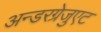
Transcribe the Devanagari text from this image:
अन्डरग्रेजुएट